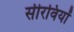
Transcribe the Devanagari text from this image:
सीरवियों